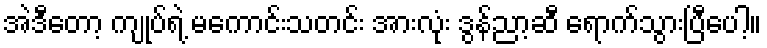
အဲဒီတော့ ကျုပ်ရဲ့ မကောင်းသတင်း အားလုံး ဒွန်ညာ့ဆီ ရောက်သွားပြီပေါ့။